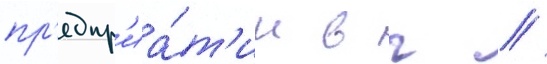
пр'едпр'иа́т'ии в г //